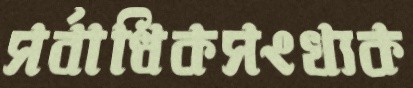
সর্বাধিকসংখ্যক